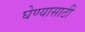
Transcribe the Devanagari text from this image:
घेण्‍यासाठी